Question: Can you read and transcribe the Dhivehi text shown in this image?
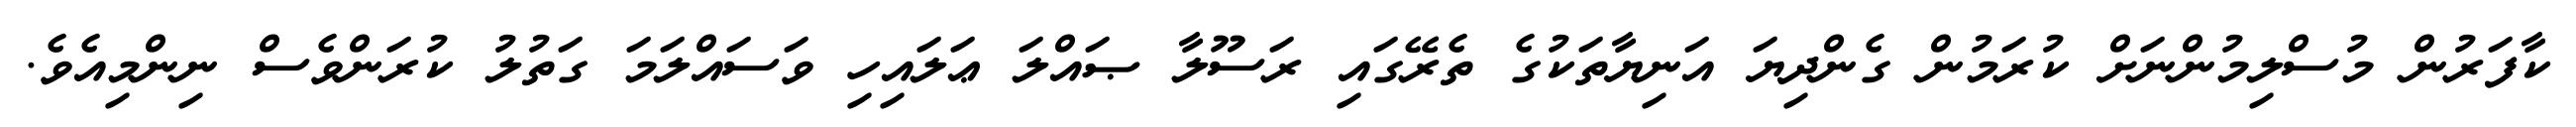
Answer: ކާފަރުން މުސްލިމުންނަށް ކުރަމުން ގެންދިޔަ އަނިޔާތަކުގެ ތެރޭގައި ރަސޫލާ ޞައްލަ ޢަލައިހި ވަސައްލަމަ ގަތުލު ކުރަންވެސް ނިންމިއެވެ.